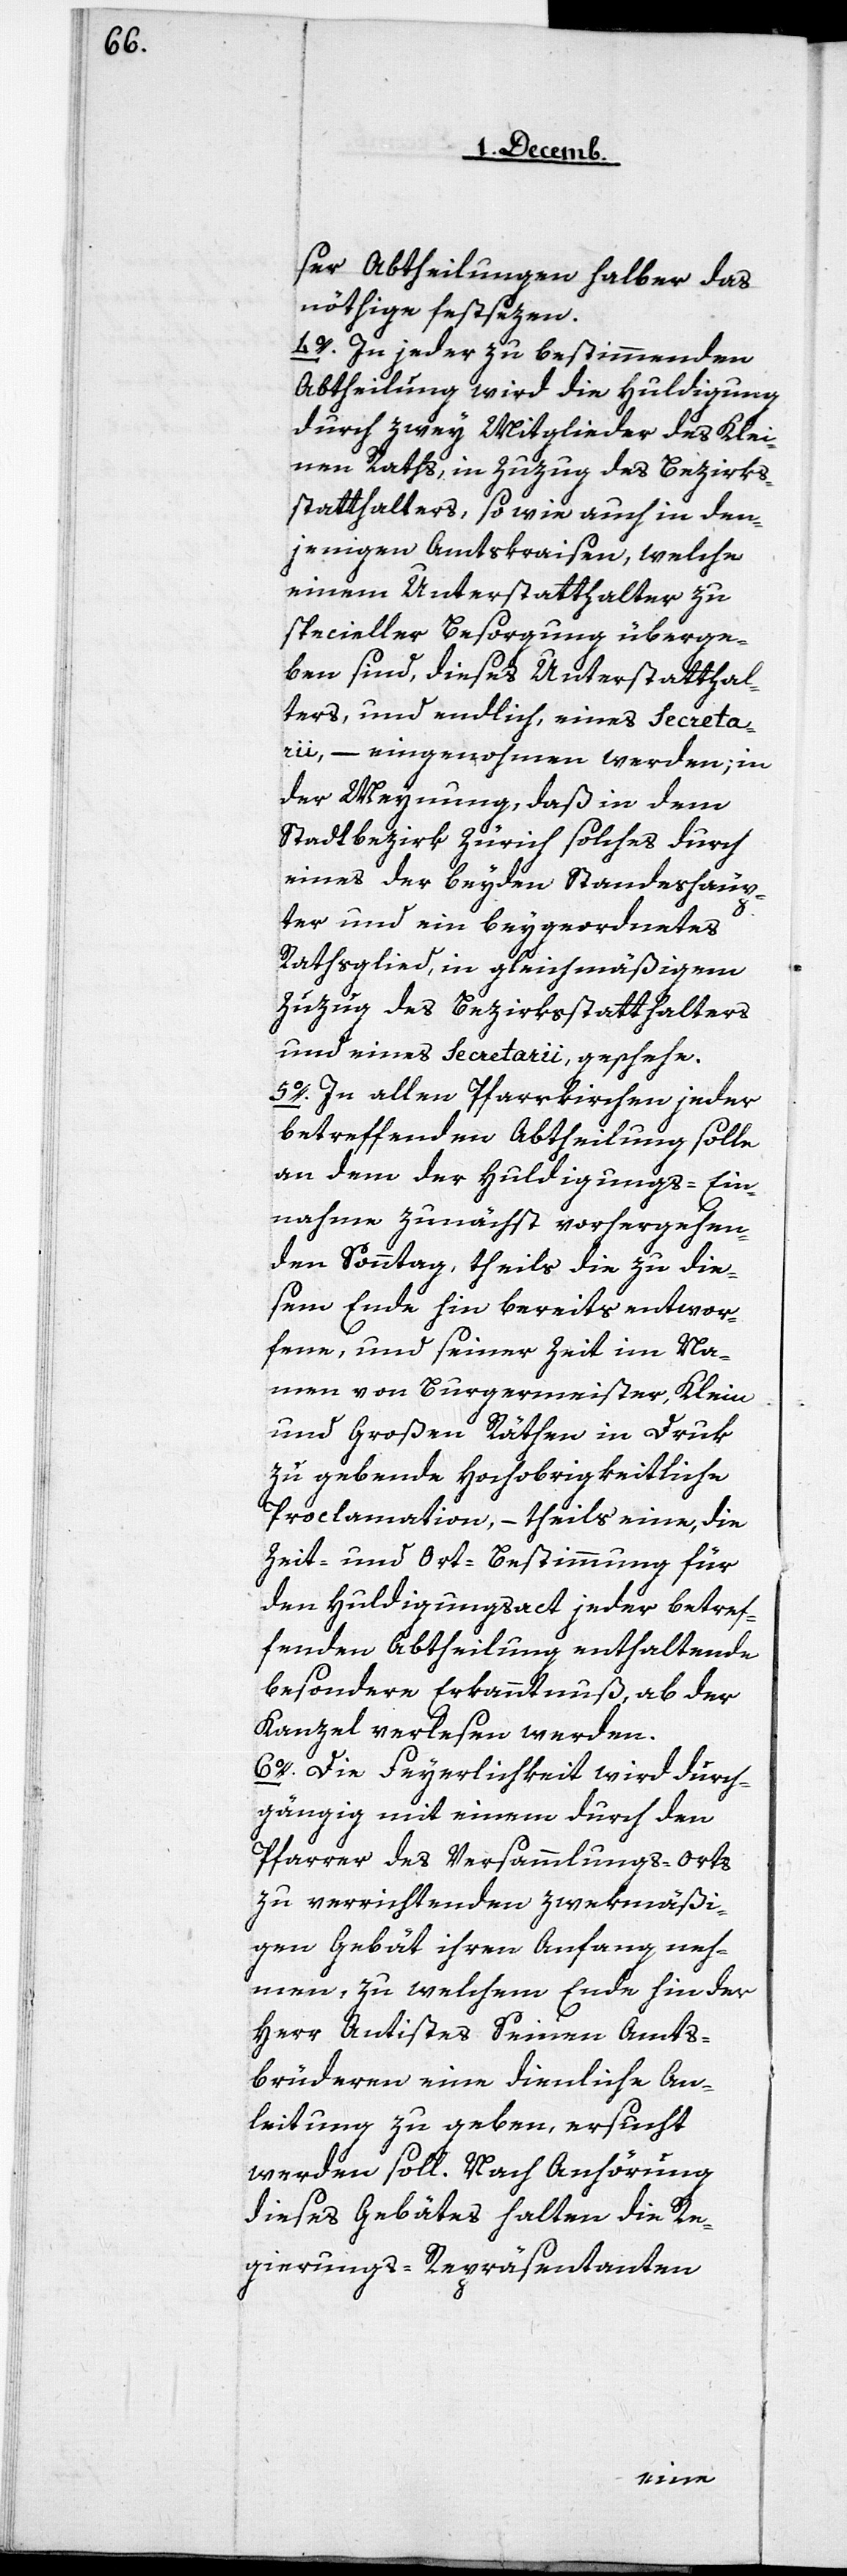
ser Abtheilung halber das
nöthige festsezen.
4. In jeder zu bestimmenden
Abtheilung wird die Huldigung
durch zwey Mitglieder des Klei¬
nen Raths, in Zuzug des Bezirks¬
statthalters, so wie auch in den¬
jenigen Amtskraisen, welche
einem Unterstatthalter zu
specieller Besorgung überge¬
ben sind, dieses Unterstatthal¬
ters, und endlich, eines Secreta¬
rii, – eingenohmen werden; in
der Meynung, daß in dem
Stadtbezirk Zürich solches durch
eines der beyden Standeshäup¬
ter und ein beygeordnetes
Rathsglied, in gleichmäßigem
Zuzug des Bezirksstatthalters
und eines Secretarii, geschehe.
5. In allen Pfarrkirchen jeder
betreffenden Abtheilung solle
an dem der Huldigungs-Ein¬
nahme zunächst vorhergehen¬
den Sonntag, theils die zu die¬
sem Ende hin bereits entwor¬
fene, und seiner Zeit im Na¬
men von Burgermeister, Klein
und Großen Räthen in Druck
zu gebende Hochobrigkeitliche
Proclamation, – theils eine, die
Zeit- und Ort-Bestimmung für
den Huldigungsact jeder betref¬
fenden Abtheilung enthaltende
besondere Erkanntnuß, ab der
Kanzel verlesen werden.
6. Die Feyerlichkeit wird durch¬
gängig mit einem durch den
Pfarrer des Versammlungs-Orts
zu verrichtenden zweckmäßi¬
gen Gebät ihren Anfang neh¬
men, zu welchem Ende hin der
Herr Antistes Seinen Amts¬
brüderen eine dienliche An¬
leitung zu geben, ersucht
werden soll. Nach Anhörung
dieses Gebätes halten die Re¬
gierungs-Repräsentanten